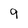
Character: 9